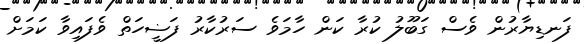
ފަނޑިޔާރުން ވެސް ގަބޫލު ކުރާ ކަން ހާމަވެ ސަރުކާރު ފަޟީހަތް ވެފައިވާ ކަމަށް